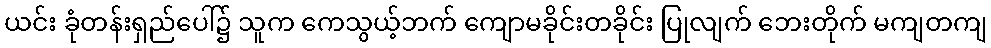
ယင်း ခုံတန်းရှည်ပေါ်၌ သူက ကေသွယ့်ဘက် ကျောမခိုင်းတခိုင်း ပြုလျက် ဘေးတိုက် မကျတကျ